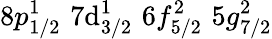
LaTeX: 8p_{1/2}^{1}\, \, 7\mathrm{d}_{3/2}^{1}\, \, 6f_{5/2}^{2}\, \, 5g_{7/2}^{2}